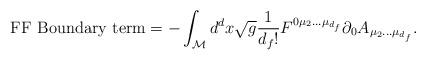
LaTeX: \begin{align*}\textnormal{FF Boundary term} = - \int_{\cal M} d^dx \sqrt g \frac{1}{d_f!} F^{0 \mu_2... \mu_{d_f}} \partial_0 A_{\mu_2... \mu_{d_f}}.\end{align*}